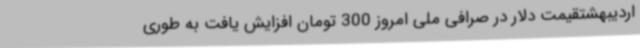
اردیبهشتقیمت دلار در صرافی ملی امروز 300 تومان افزایش یافت به طوری